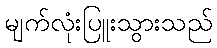
မျက်လုံးပြူးသွားသည်